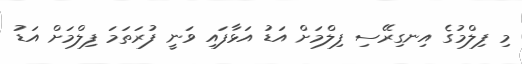
މި ފިލްމުގެ އިނގިރޭސި ފިލްމަށް އަޑު އަޅާފައި ވަނީ ފުރަތަމަ ފިލްމަށް އަޑު